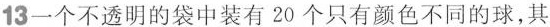
13一个不透明的袋中装有20个只有颜色不同的球，其